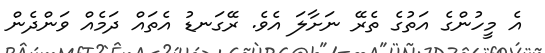
އެ މީހުންގެ އަތުގެ ތެެރޭ ނަށާލަ އެވެ. ރޭގަނޑު އެތައް ދަމެއް ވަންދެން